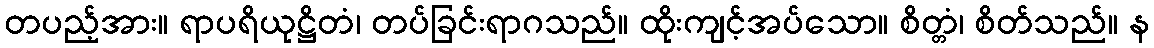
တပည့်အား။ ရာပရိယုဋ္ဌိတံ၊ တပ်ခြင်းရာဂသည်။ ထိုးကျင့်အပ်သော။ စိတ္တံ၊ စိတ်သည်။ န